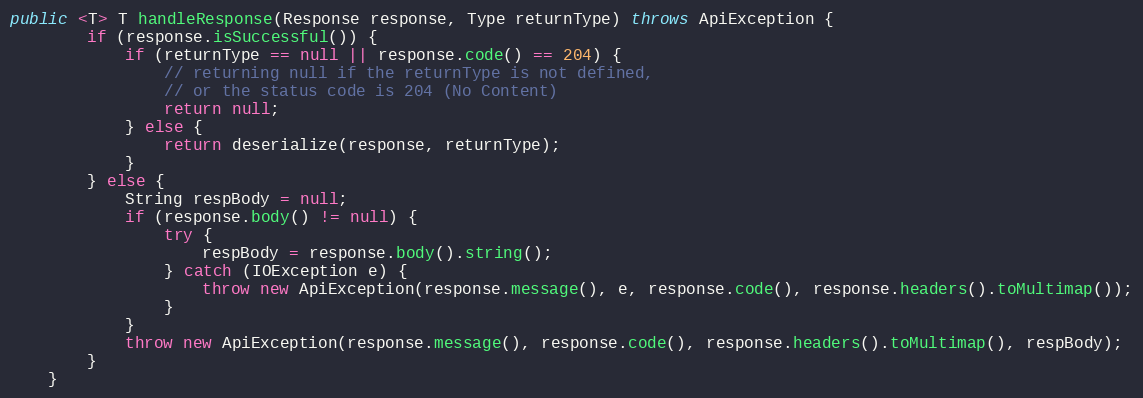
Language: Java
public <T> T handleResponse(Response response, Type returnType) throws ApiException {
        if (response.isSuccessful()) {
            if (returnType == null || response.code() == 204) {
                // returning null if the returnType is not defined,
                // or the status code is 204 (No Content)
                return null;
            } else {
                return deserialize(response, returnType);
            }
        } else {
            String respBody = null;
            if (response.body() != null) {
                try {
                    respBody = response.body().string();
                } catch (IOException e) {
                    throw new ApiException(response.message(), e, response.code(), response.headers().toMultimap());
                }
            }
            throw new ApiException(response.message(), response.code(), response.headers().toMultimap(), respBody);
        }
    }